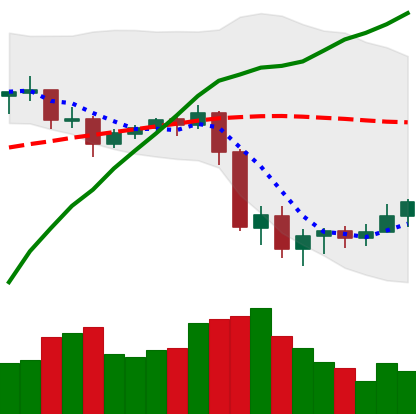
Ticker: XLM-USD
Chart end date: 2020-09-11
Forward return: -4.306%
Label: down_3_5